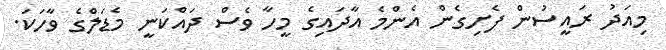
މިއަދު ރައީސުން ފެށިގެން އެންމެ އާދައިގެ މީހާ ވެސް ދައްކަނީ މެޑަލްގެ ވާހަކަ.